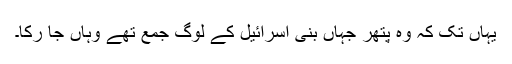
یہاں تک کہ وہ پتھر جہاں بنی اسرائیل کے لوگ جمع تھے وہاں جا رکا۔